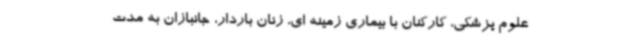
علوم پزشکی، کارکنان با بیماری زمینه ای، زنان باردار، جانبازان به مدت